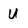
Character: U